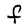
Character: F